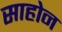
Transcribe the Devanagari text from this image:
साहोन